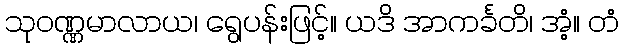
သုဝဏ္ဏမာလာယ၊ ရွေပန်းဖြင့်။ ယဒိ အာကင်္ခတိ၊ အံ့။ တံ